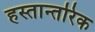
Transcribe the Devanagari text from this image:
हस्तान्तरिक